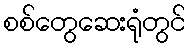
စစ်တွေဆေးရုံတွင်